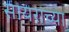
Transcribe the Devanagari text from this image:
सायराच्या